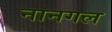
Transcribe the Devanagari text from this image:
नानगल